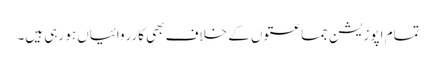
تمام اپوزیشن جماعتوں کے خلاف بھی کارروائیاں ہو رہی ہیں۔